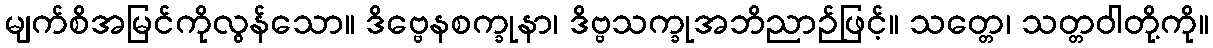
မျက်စိအမြင်ကိုလွန်သော။ ဒိဗ္ဗေနစက္ခုနာ၊ ဒိဗ္ဗသက္ခုအဘိညာဉ်ဖြင့်။ သတ္တေ၊ သတ္တဝါတို့ကို။